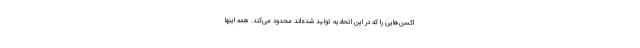
اکسن‌هایی را که در این اتحادیه تولید شده‌اند محدود می‌کند. همه اینها